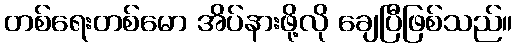
တစ်ရေးတစ်မော အိပ်နားဖို့လို ချေပြီဖြစ်သည်။